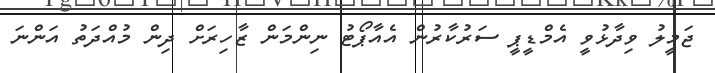
ޖަމީލު ވިދާޅުވީ އެމްޑީޕީ ސަރުކާރުން އެއާޕޯޓު ނިންމަން ޒާހިރަށް ދިން މުއްދަތު އަންނަ